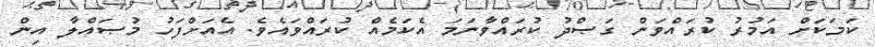
ކަމަކަށް އަމުރު ކުރައްވަން ގަޞްދު ކުރައްވާނަމަ އެކަމެއް ކުރައްވައެވެ. އެއަށްފަހު މުޞައްލާ އިން